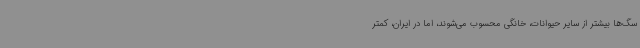
سگ‌ها بیشتر از سایر حیوانات، خانگی محسوب می‌شوند، اما در ایران، کمتر